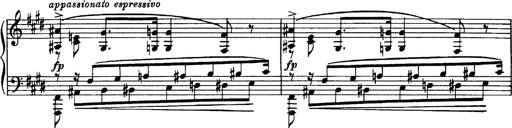
Title: OuvertÃ¼re zu TannhÃ¤user
Composer: Franz Liszt